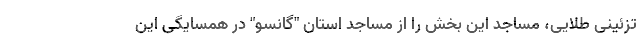
تزئینی طلایی، مساجد این بخش را از مساجد استان "گانسو" در همسایگی این